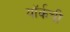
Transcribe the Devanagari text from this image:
यॉर्कची